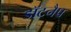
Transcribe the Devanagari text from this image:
डॉटनैप